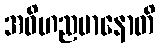
အဝိဟညမာနောတိ